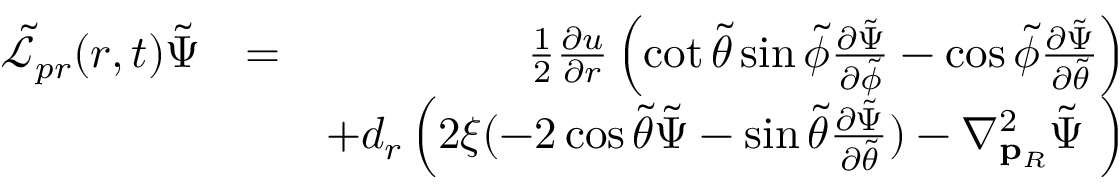
\begin{array} { r l r } { \tilde { \mathcal { L } } _ { p r } ( r , t ) \tilde { \Psi } } & { = } & { \frac { 1 } { 2 } \frac { \partial u } { \partial r } \left( \cot { \tilde { \theta } } \sin { \tilde { \phi } } \frac { \partial \tilde { \Psi } } { \partial \tilde { \phi } } - \cos { \tilde { \phi } } \frac { \partial \tilde { \Psi } } { \partial \tilde { \theta } } \right) } \\ & { } & { + d _ { r } \left( 2 \xi ( - 2 \cos { \tilde { \theta } } \tilde { \Psi } - \sin { \tilde { \theta } } \frac { \partial \tilde { \Psi } } { \partial \tilde { \theta } } ) - \nabla _ { \mathbf { p } _ { R } } ^ { 2 } \tilde { \Psi } \ \right) } \end{array}